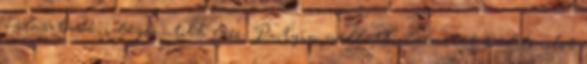
választások idején, több ezer, Putyin melletti üzenetet küldő robot